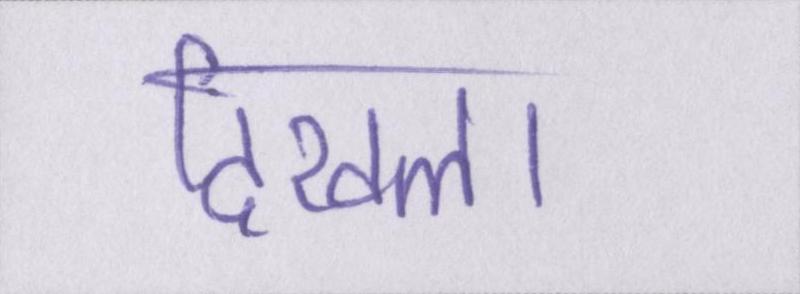
दिखला